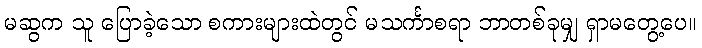
မဆွက သူ ပြောခဲ့သော စကားများထဲတွင် မသင်္ကာစရာ ဘာတစ်ခုမျှ ရှာမတွေ့ပေ။